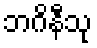
ဘဂိနီသု